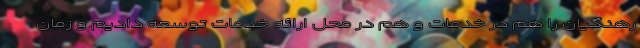
رهنگیان را هم در خدمات و هم در محل ارائه خدمات توسعه دادیم و زمان